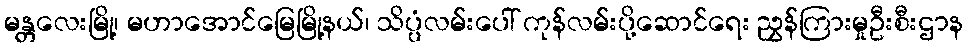
မန္တလေးမြို့၊ မဟာအောင်မြေမြို့နယ်၊ သိပ္ပံလမ်းပေါ် ကုန်လမ်းပို့ဆောင်ရေး ညွှန်ကြားမှုဦးစီးဌာန